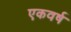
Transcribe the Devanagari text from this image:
एकवर्ष